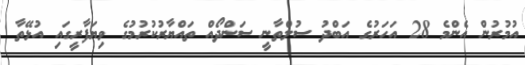
އުމުރުން އެންމެ 28 އަހަރުގެ އަބްދު ސުލްތާނީ ސަންދޯއް ތައްޔާރުކުރުމުގެ ވިޔަފާރީގައި އުޅޭތާ